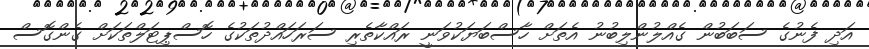
އަދި ފެނުގެ ސަބަބުން ގެއްލުންލިބުނު އެތަށް ހާސްބަޔަކުވަނީ ރައްކާތެރި ސަރަހައްދުތަކުގެ ހޮސްޕިޓަލްތަކަށް ގެންގޮސް